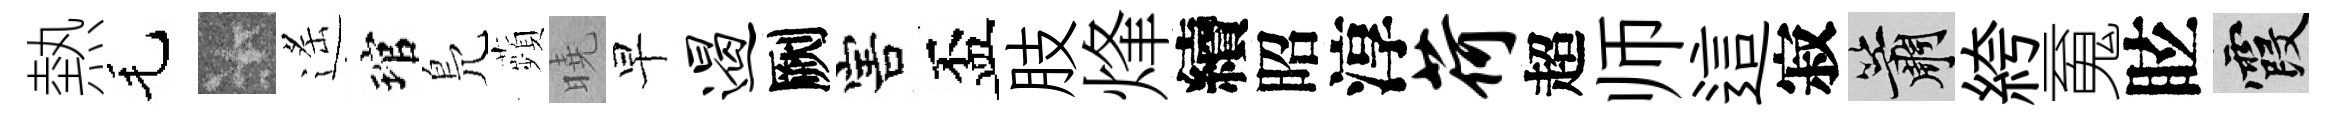
熱毛卡遙琯鳬蘋曉早遏劂害盃肢烽續昭淳荷超师這寂簫絝䰟眩霞